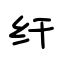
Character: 纤